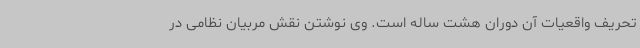
تحریف واقعیات آن دوران هشت ساله است. وی نوشتن نقش مربیان نظامی در